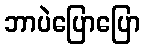
ဘာပဲပြောပြော